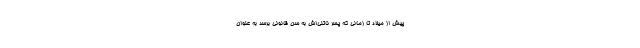
پیش از میلاد تا زمانی که پسر ناتنی‌اش به سن قانونی برسد به عنوان